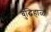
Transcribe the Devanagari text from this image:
बुद्घिहाळ